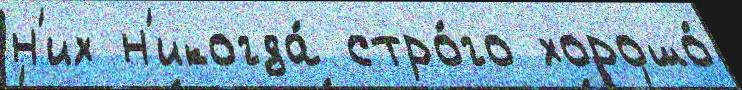
н'их н'икогда́ стро́го хорошо́